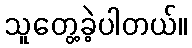
သူတွေ့ခဲ့ပါတယ်။